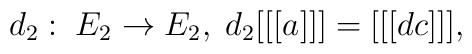
d_2 : \; E_2 \rightarrow E_2 , \; d_2 [[[a]]]  =[[[dc]]],